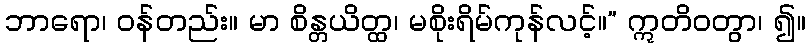
ဘာရော၊ ဝန်တည်း။ မာ စိန္တယိတ္ထ၊ မစိုးရိမ်ကုန်လင့်။” ဣတိဝတွာ၊ ၍။